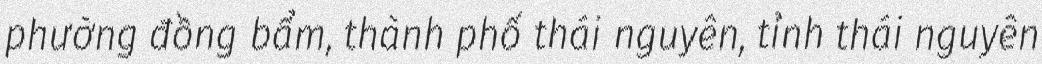
phường đồng bẩm, thành phố thái nguyên, tỉnh thái nguyên